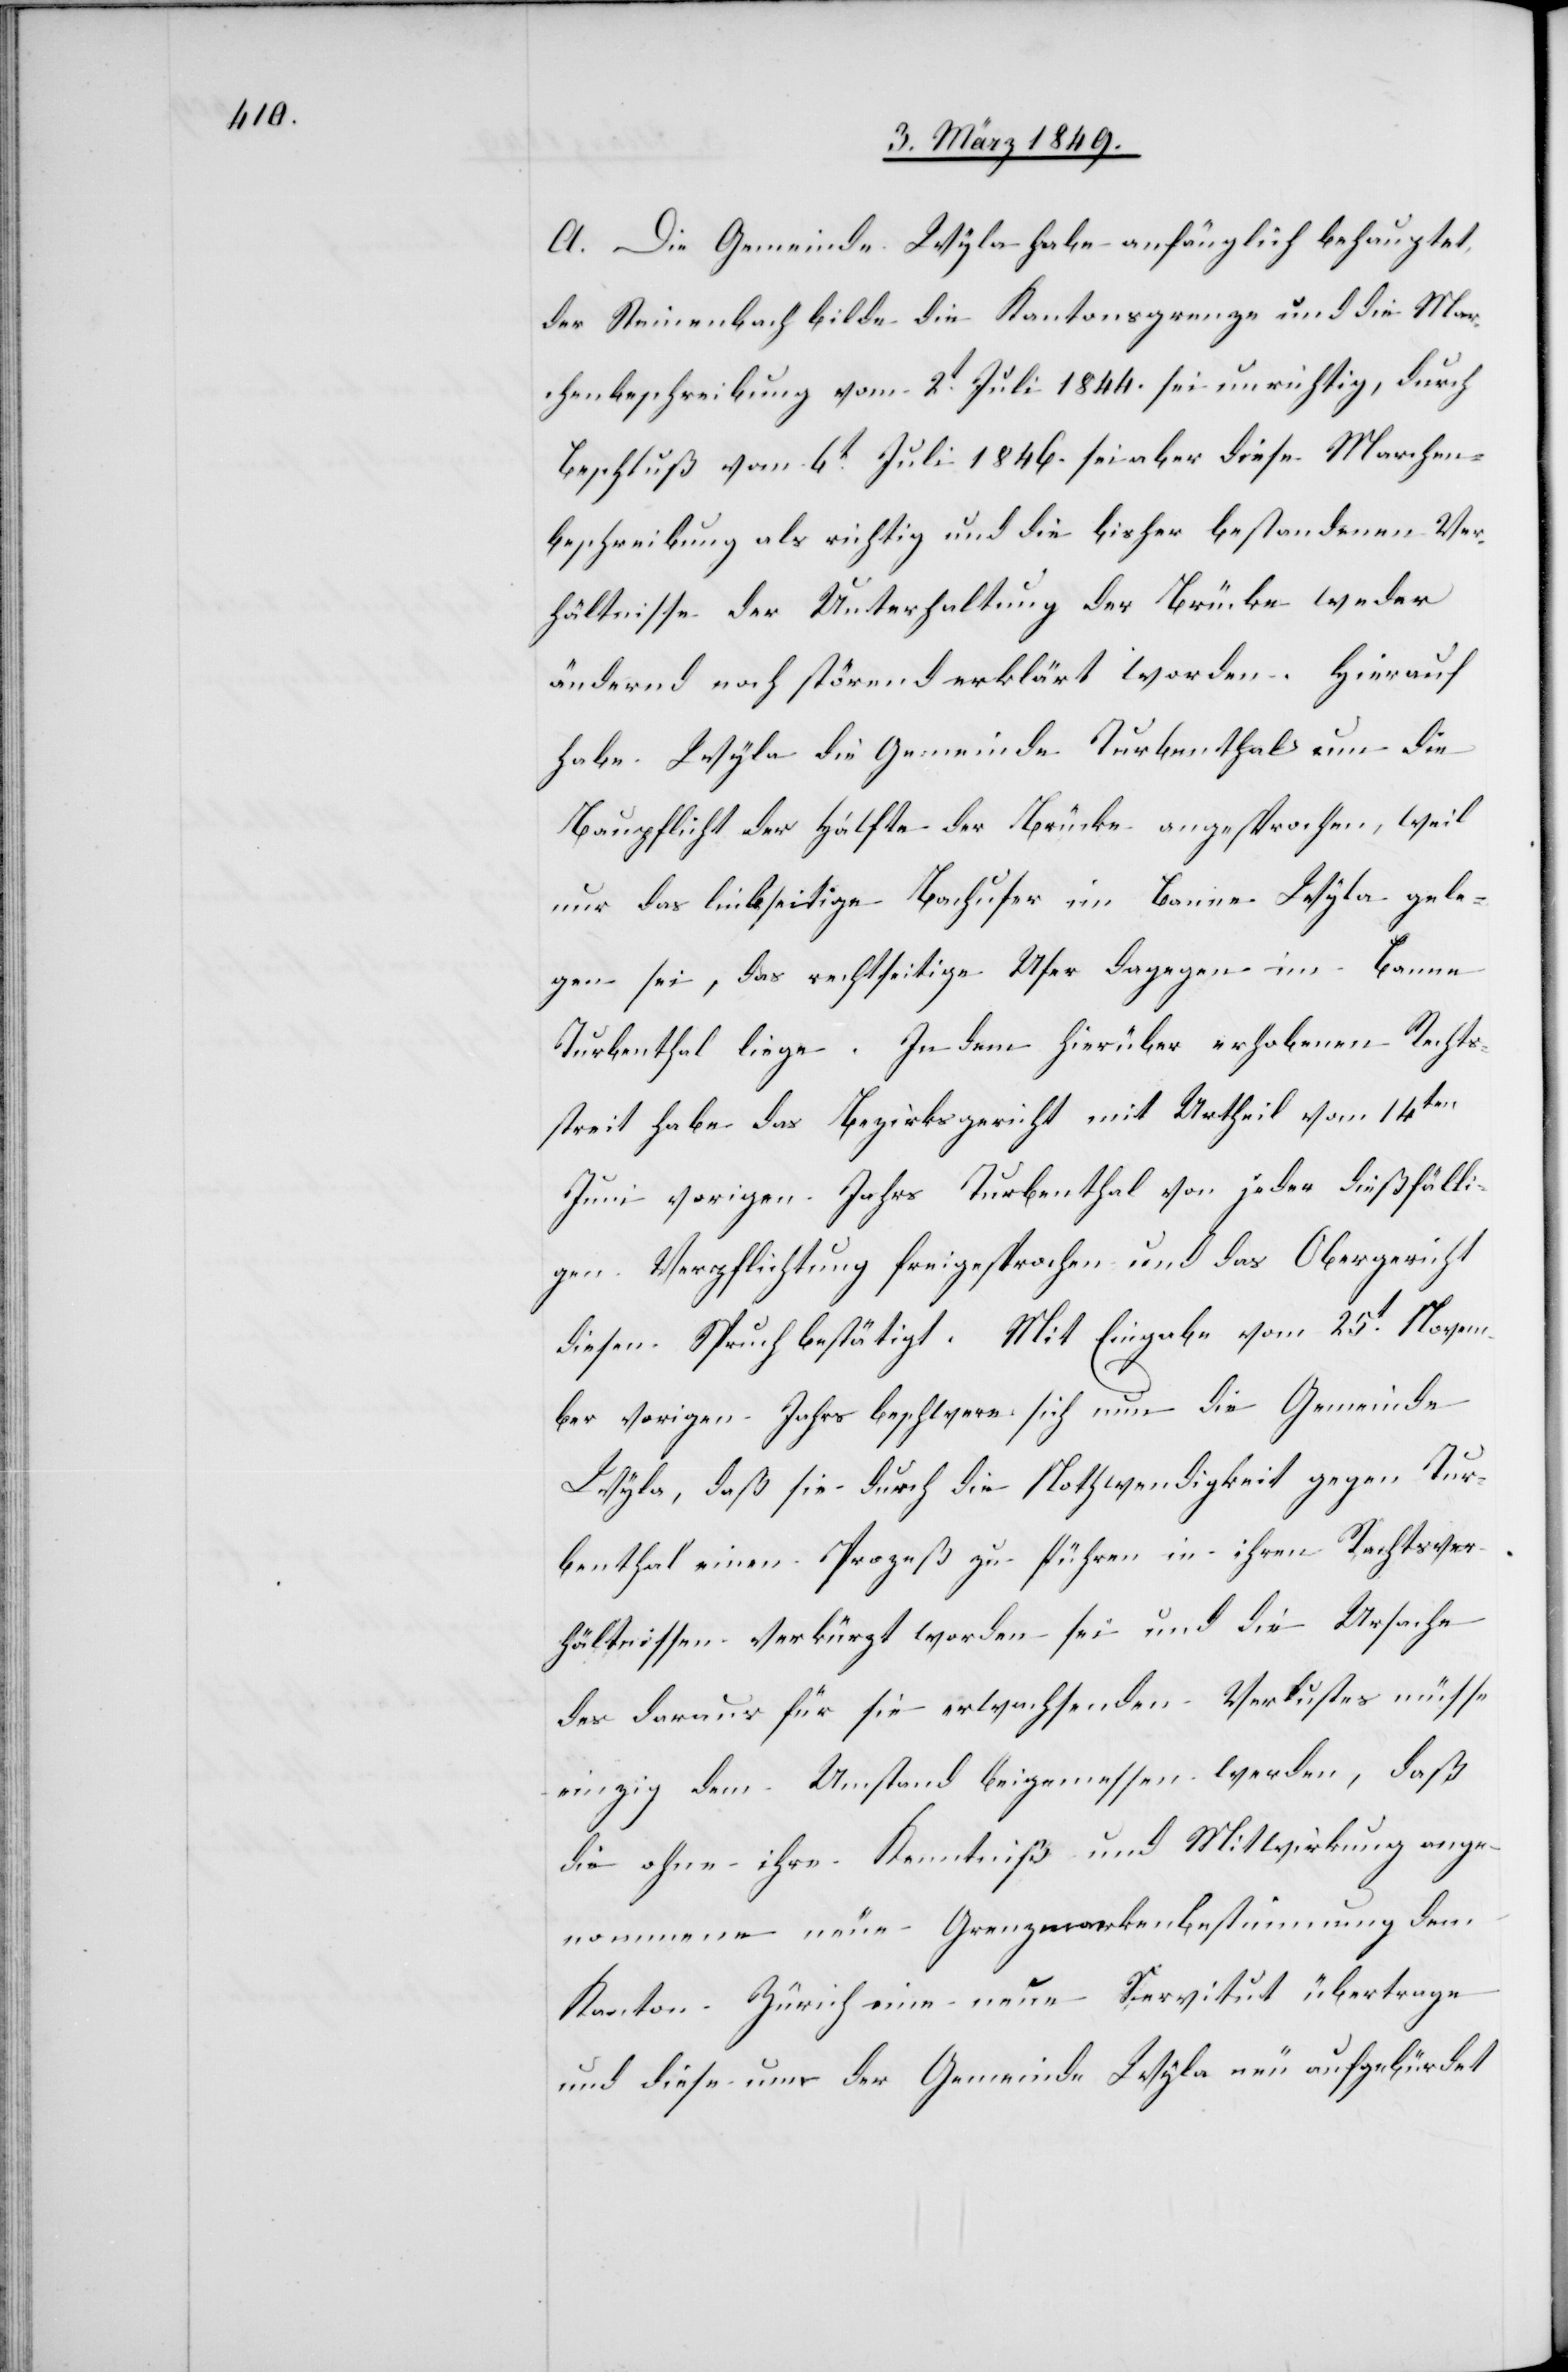
A. Die Gemeinde Wyla habe anfänglich behauptet,
der Steinenbach bilde die Kantonsgrenze und die Mar¬
chenbeschreibung vom 2t. Juli 1844. sei unrichtig, durch
Beschluß vom 6t. Juli 1846. sei aber diese Marchen¬
beschreibung als richtig und die bisher bestandenen Ver¬
hältnisse der Unterhaltung der Brücke weder
ändernd noch störend erklärt worden. Hierauf
habe Wyla die Gemeinde Turbenthal um die
Baupflicht der Hälfte der Brücke angesprochen, weil
nur das linkseitige Bachufer im Banne Wyla gele¬
gen sei, das rechtseitige Ufer dagegen im Banne
Turbenthal liege. In dem hierüber erhobenen Rechts¬
streit habe das Bezirksgericht mit Urtheil vom 14ten
Juni vorigen Jahrs Turbenthal von jeder dießfälli¬
gen Verpflichtung freigesprochen und das Obergericht
diesen Spruch bestätigt. Mit Eingabe vom 25t. Novem¬
ber vorigen Jahrs beschwere sich nun die Gemeinde
Wyla, daß sie durch die Nothwendigkeit gegen Tur¬
benthal einen Prozeß zu führen in ihren Rechtsver¬
hältnissen verkürzt worden sei und die Ursache
des daraus für sie erwachsenden Verlustes müsse
einzig dem Umstand beigemessen werden, daß
die ohne ihre Kenntniß und Mitwirkung ange¬
nommene neue Grenzmarkenbestimmung dem
Kanton Zürich eine neue Servitut übertrage
und diese nur der Gemeinde Wyla neu aufgebürdet